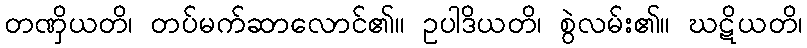
တဏှိယတိ၊ တပ်မက်ဆာလောင်၏။ ဥပါဒိယတိ၊ စွဲလမ်း၏။ ဃဋိယတိ၊